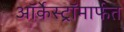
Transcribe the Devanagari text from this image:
ऑर्केस्ट्रॉमार्फत